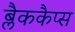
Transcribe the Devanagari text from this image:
ब्लैककैप्स